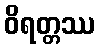
ဝိရတ္တဿ